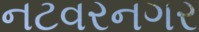
નટવરનગર